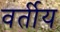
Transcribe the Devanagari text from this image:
वर्तीय